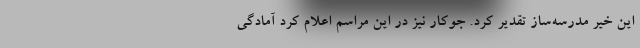
این خیر مدرسه‌ساز تقدیر کرد. جوکار نیز در این مراسم اعلام کرد آمادگی